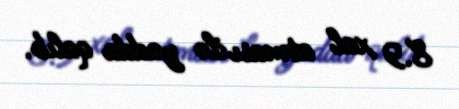
8.9 xal atması ilə yadda qalıb.